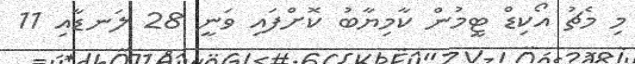
މި މެޗު އޯކިޑް ޓީމުން ކާމިޔާބު ކޮށްފައި ވަނީ 28 ލަނޑާއި 11